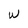
Character: W